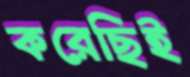
করেছিই